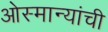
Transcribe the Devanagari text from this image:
ओस्मान्यांची